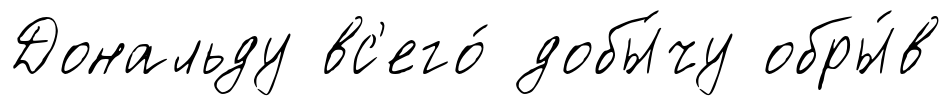
Дональду вс'его́ добы́чу обры́в